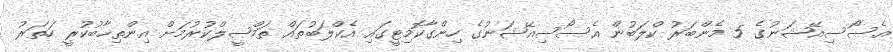
އެސޯސިއޭޝަނުގެ 5 މެންބަރު ކްލަބުން އެސޯސިއޭޝަނުގެ ހިންގާކޮމިޓީގައި އެކްލަބުތައް ތަމްޞީލްކުރުމަށް އިންތިޚާބުކުރީ ހަތަރު